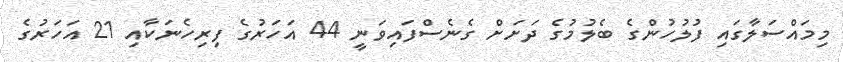
މިމައްސަލާގައި ފުލުހުންގެ ބެލުމުގެ ދަށަށް ގެނެސްފައިވަނީ 44 އަހަރުގެ ފިރިހެނަކާއި 21 އަހަރުގެ